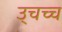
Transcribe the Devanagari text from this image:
उ्चच्च